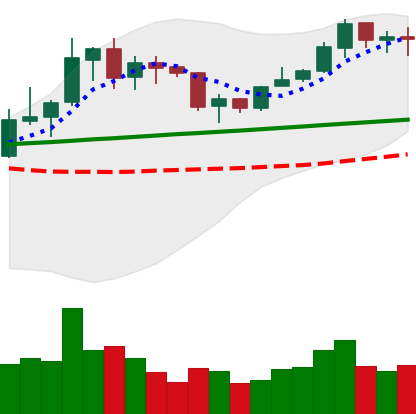
Ticker: LINK-USD
Chart end date: 2020-02-02
Forward return: 16.803%
Label: up_7plus